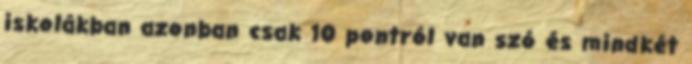
iskolákban azonban csak 10 pontról van szó és mindkét